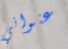
عنواني